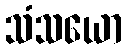
သံသယော